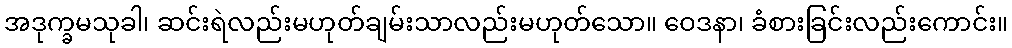
အဒုက္ခမသုခါ၊ ဆင်းရဲလည်းမဟုတ်ချမ်းသာလည်းမဟုတ်သော။ ဝေဒနာ၊ ခံစားခြင်းလည်းကောင်း။